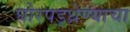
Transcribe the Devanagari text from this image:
घोरपड्ध्रेण्याचा